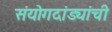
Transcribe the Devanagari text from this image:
संयोगदांड्यांची